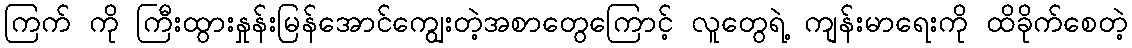
ကြက် ကို ကြီးထွားနှုန်းမြန်အောင်ကျွေးတဲ့အစာတွေကြောင့် လူတွေရဲ့ ကျန်းမာရေးကို ထိခိုက်စေတဲ့